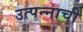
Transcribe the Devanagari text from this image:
उत्पन्‍नाची